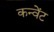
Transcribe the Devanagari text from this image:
कन्वेंट